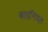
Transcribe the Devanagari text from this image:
बाइनियल